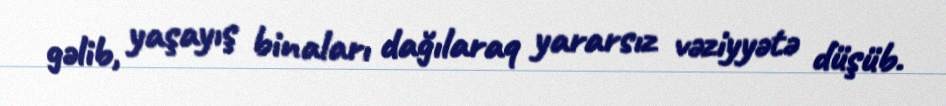
gəlib, yaşayış binaları dağılaraq yararsız vəziyyətə düşüb.